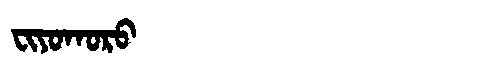
Manchu: ᠸᡳᠶᠣᡴᠣᡵᠣ
Romanization: FIYOKORO